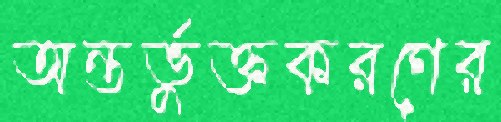
অন্তর্ভুক্তকরণের